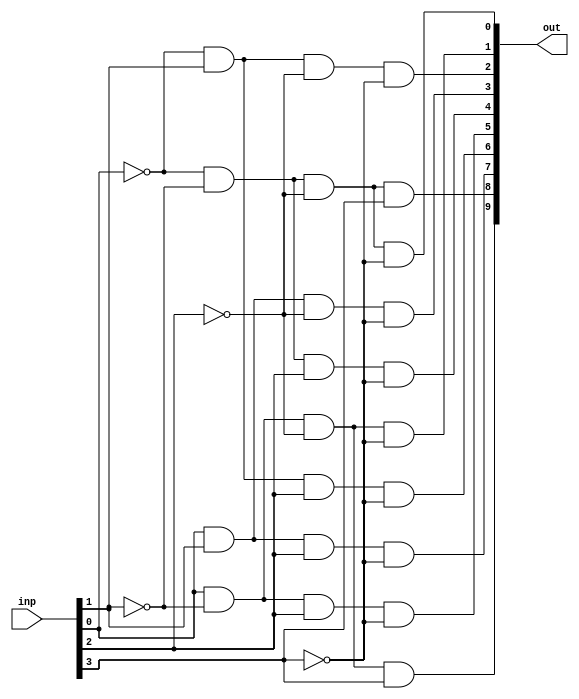
module BCD_7(out,inp);
//start****

	//declare
	input  [3:0] inp;
	output [9:0] out;
	
//---------------------OPERATE---------------------//

//output------------------------------------------[1]
	assign out[0]=~inp[0]&~inp[1]&~inp[2]&~inp[3];

//output------------------------------------------[2]
	assign out[1]=inp[0]&~inp[1]&~inp[2]&~inp[3];

//output------------------------------------------[3]
	assign out[2]=~inp[0]&inp[1]&~inp[2]&~inp[3];

//output------------------------------------------[4]
	assign out[3]=inp[0]&inp[1]&~inp[2]&~inp[3];

//output------------------------------------------[5]
	assign out[4]=~inp[0]&~inp[1]&inp[2]&~inp[3];

//output------------------------------------------[6]
	assign out[5]=inp[0]&~inp[1]&inp[2]&~inp[3];

//output------------------------------------------[7]
	assign out[6]=~inp[0]&inp[1]&inp[2]&~inp[3];

//output------------------------------------------[8]
	assign out[7]=inp[0]&inp[1]&inp[2]&~inp[3];

//output------------------------------------------[9]
	assign out[8]=~inp[0]&~inp[1]&~inp[2]&inp[3];

//output------------------------------------------[10]
	assign out[9]=inp[0]&~inp[1]&~inp[2]&inp[3];

//-----------------------END------------------------//


//esc****
endmodule